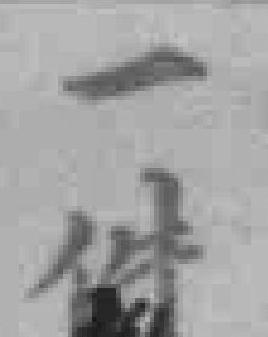
一件